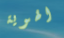
الهوية